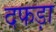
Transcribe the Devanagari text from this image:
दफड़ा